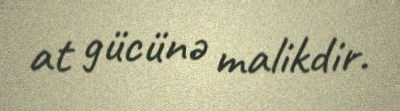
at gücünə malikdir.